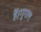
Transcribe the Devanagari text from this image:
हैं।गूगल